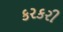
કરકરી